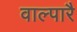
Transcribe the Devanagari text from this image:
वाल्पारै